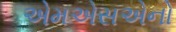
એમએસએનો